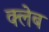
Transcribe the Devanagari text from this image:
क्लेब